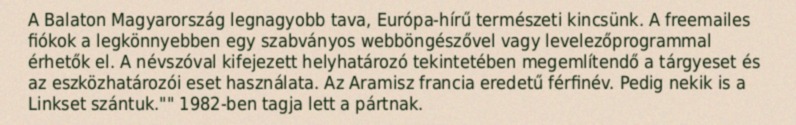
A Balaton Magyarország legnagyobb tava, Európa-hírű természeti kincsünk. A freemailes fiókok a legkönnyebben egy szabványos webböngészővel vagy levelezőprogrammal érhetők el. A névszóval kifejezett helyhatározó tekintetében megemlítendő a tárgyeset és az eszközhatározói eset használata. Az Aramisz francia eredetű férfinév. Pedig nekik is a Linkset szántuk."" 1982-ben tagja lett a pártnak.